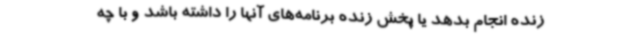
زنده انجام بدهد یا پخش زنده برنامه‌های آنها را داشته باشد و با چه